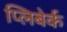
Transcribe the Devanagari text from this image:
प्लिबेर्क